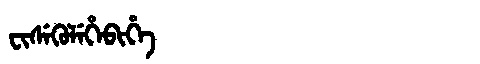
Manchu: ᠸᡳᠰᡝᡴᡠᠯᡝᡥᡝᠪᡳᡥᡝ
Romanization: FISEKULEHEBIHE